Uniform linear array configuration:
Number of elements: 12
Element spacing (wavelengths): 0.25
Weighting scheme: kaiser
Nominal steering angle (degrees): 45
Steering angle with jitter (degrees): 44.734
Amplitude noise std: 0.05
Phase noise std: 0.05

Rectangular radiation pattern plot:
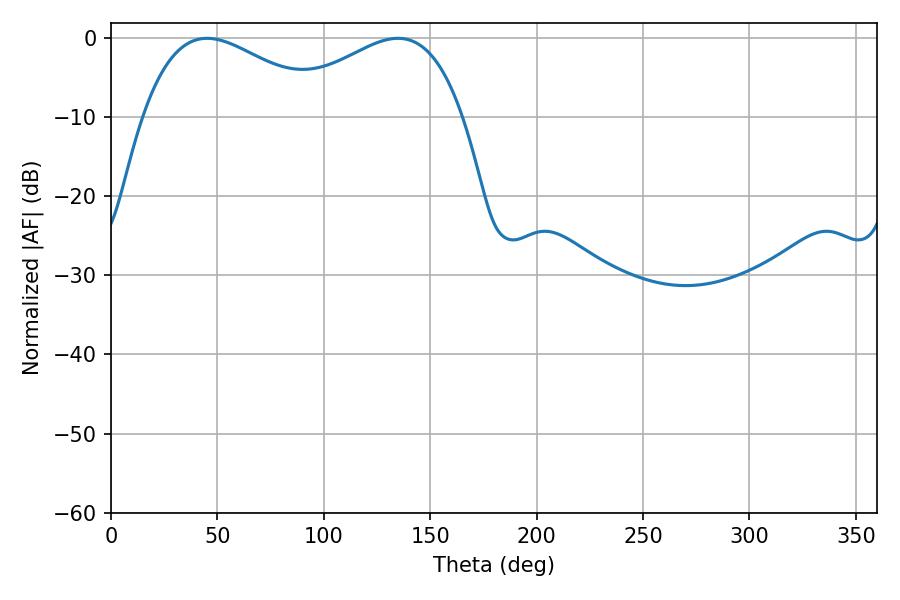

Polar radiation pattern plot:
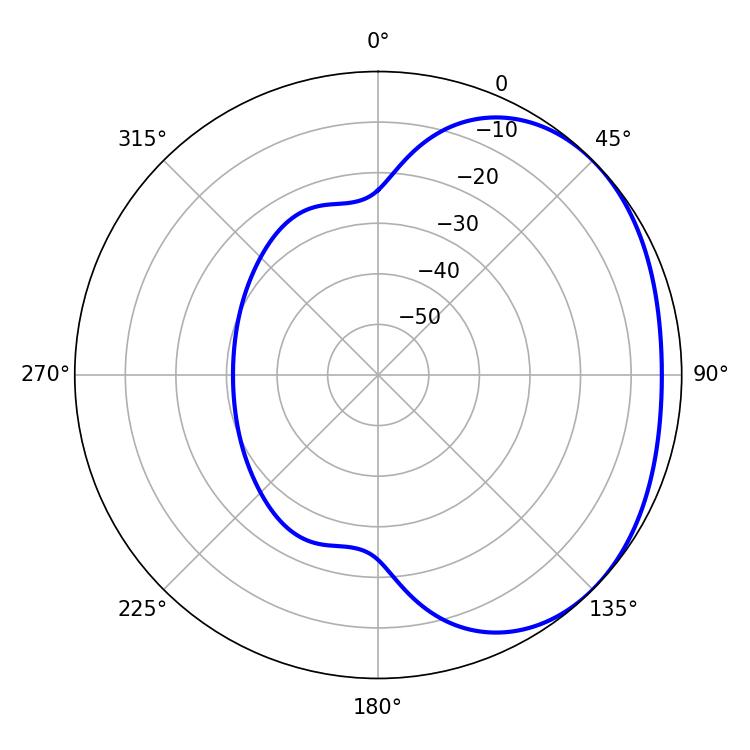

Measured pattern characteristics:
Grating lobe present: FALSE
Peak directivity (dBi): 2.031
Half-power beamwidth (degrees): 47.52
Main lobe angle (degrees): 45.18